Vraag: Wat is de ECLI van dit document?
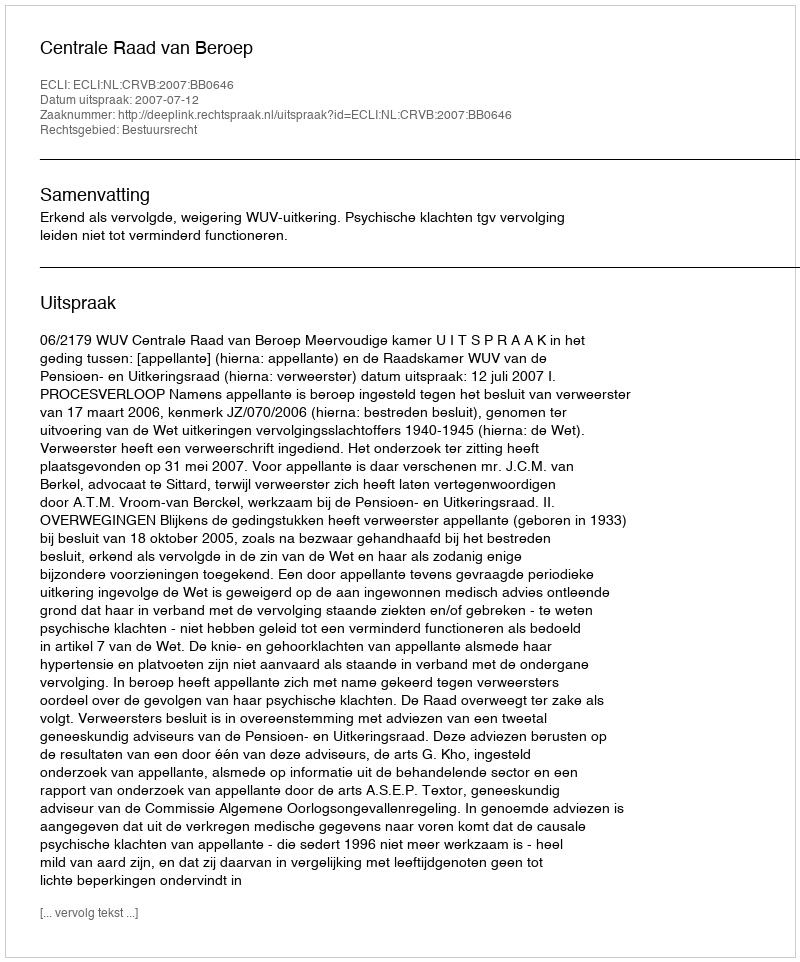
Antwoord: ECLI:NL:CRVB:2007:BB0646